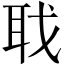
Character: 聀